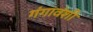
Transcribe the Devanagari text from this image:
गंगावंशी